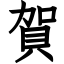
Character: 賀